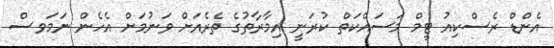
އެންޑް ރެސްކިއު ޓީމް މަސައްކަތް ކުރަނީ އިމާރާތުގެ ތެރެއަށް ވަނުމަށް އެހެން ނަމަވސް